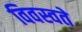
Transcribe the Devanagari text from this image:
विवस्वते